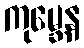
ကုမ္ဘေန